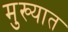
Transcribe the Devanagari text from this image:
मुख्यात